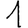
Digit: 1